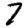
Digit: 7